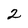
Character: 2